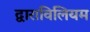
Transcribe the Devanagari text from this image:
द्वाराविलियम